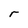
Character: r